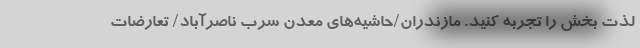
لذت بخش را تجربه کنید. مازندران/حاشیه‌های معدن سرب ناصرآباد/ تعارضات